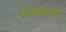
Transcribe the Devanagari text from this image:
भीमकर्मा